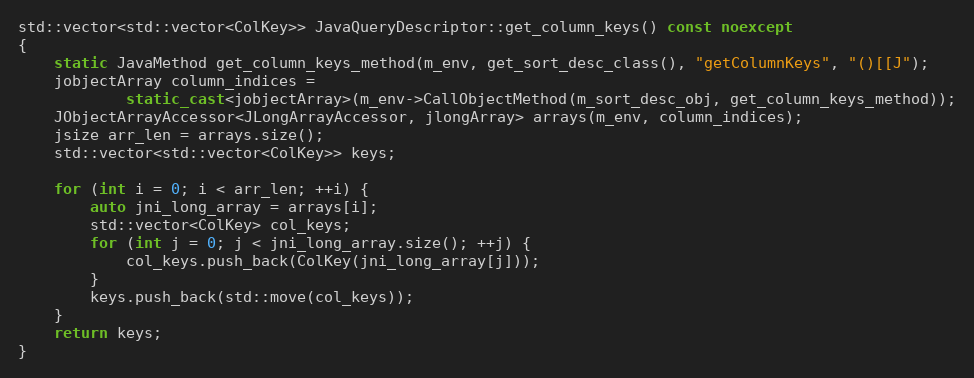
Language: C++
std::vector<std::vector<ColKey>> JavaQueryDescriptor::get_column_keys() const noexcept
{
    static JavaMethod get_column_keys_method(m_env, get_sort_desc_class(), "getColumnKeys", "()[[J");
    jobjectArray column_indices =
            static_cast<jobjectArray>(m_env->CallObjectMethod(m_sort_desc_obj, get_column_keys_method));
    JObjectArrayAccessor<JLongArrayAccessor, jlongArray> arrays(m_env, column_indices);
    jsize arr_len = arrays.size();
    std::vector<std::vector<ColKey>> keys;

    for (int i = 0; i < arr_len; ++i) {
        auto jni_long_array = arrays[i];
        std::vector<ColKey> col_keys;
        for (int j = 0; j < jni_long_array.size(); ++j) {
            col_keys.push_back(ColKey(jni_long_array[j]));
        }
        keys.push_back(std::move(col_keys));
    }
    return keys;
}